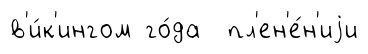
в'и́к'ингом го́да пл'ен'е́н'иjи